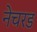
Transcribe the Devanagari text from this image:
नेचरड